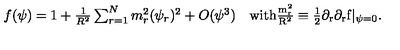
\begin{array} { l l } { f ( \psi ) = 1 + \frac { 1 } { R ^ { 2 } } \sum _ { r = 1 } ^ { N } m _ { r } ^ { 2 } ( \psi _ { r } ) ^ { 2 } + O ( \psi ^ { 3 } ) } & { \mathrm { w i t h \frac { m _ { r } ^ { 2 } } { R ^ { 2 } } \equiv \frac { 1 } { 2 } \partial _ { r } \partial _ { r } f | _ { \psi = 0 } } . } \\ \end{array}